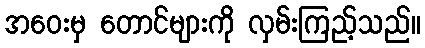
အဝေးမှ တောင်များကို လှမ်းကြည့်သည်။